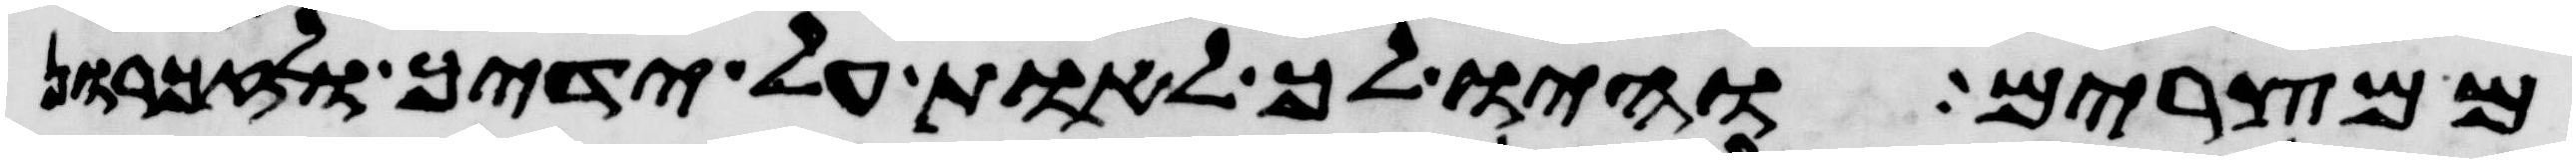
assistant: ממצרים והיו לך לאות על ידיך ולזכרון